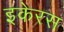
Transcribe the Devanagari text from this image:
इकेरस